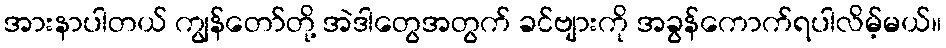
အားနာပါတယ် ကျွန်တော်တို့ အဲဒါတွေအတွက် ခင်ဗျားကို အခွန်ကောက်ရပါလိမ့်မယ်။